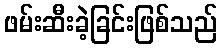
ဖမ်းဆီးခဲ့ခြင်းဖြစ်သည်